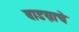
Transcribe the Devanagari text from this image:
वाडय़ाचे